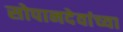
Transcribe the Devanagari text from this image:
सोपानदेवांच्या